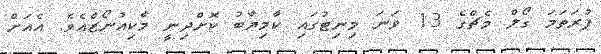
ފުރަތަމަ ގޯލް މެޗްގެ 13 ވަނަ މިނިޓުގައި ކާމިޔާބު ކޮށްދިނީ މާކިއުނޯޒްއެވެ. އެއަށް